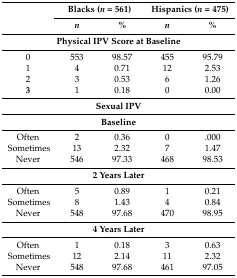
<table><thead><tr><td rowspan="2"></td><td colspan="2"><b>Blacks (<i>n</i> = 561)</b></td><td colspan="2"><b>Hispanics (<i>n</i> = 475)</b></td></tr><tr><td><b><i>n</i></b></td><td><b>%</b></td><td><b><i>n</i></b></td><td><b>%</b></td></tr></thead><tbody><tr><td colspan="5"><b>Physical IPV Score at Baseline</b></td></tr><tr><td>0</td><td>553</td><td>98.57</td><td>455</td><td>95.79</td></tr><tr><td>1</td><td>4</td><td>0.71</td><td>12</td><td>2.53</td></tr><tr><td>2</td><td>3</td><td>0.53</td><td>6</td><td>1.26</td></tr><tr><td><b>3</b></td><td>1</td><td>0.18</td><td>0</td><td>0.00</td></tr><tr><td colspan="5"><b>Sexual IPV</b></td></tr><tr><td colspan="5"><b>Baseline</b></td></tr><tr><td>Often</td><td>2</td><td>0.36</td><td>0</td><td>.000</td></tr><tr><td>Sometimes</td><td>13</td><td>2.32</td><td>7</td><td>1.47</td></tr><tr><td>Never</td><td>546</td><td>97.33</td><td>468</td><td>98.53</td></tr><tr><td colspan="5"><b>2 Years Later</b></td></tr><tr><td>Often</td><td>5</td><td>0.89</td><td>1</td><td>0.21</td></tr><tr><td>Sometimes</td><td>8</td><td>1.43</td><td>4</td><td>0.84</td></tr><tr><td>Never</td><td>548</td><td>97.68</td><td>470</td><td>98.95</td></tr><tr><td colspan="5"><b>4 Years Later</b></td></tr><tr><td>Often</td><td>1</td><td>0.18</td><td>3</td><td>0.63</td></tr><tr><td>Sometimes</td><td>12</td><td>2.14</td><td>11</td><td>2.32</td></tr><tr><td>Never</td><td>548</td><td>97.68</td><td>461</td><td>97.05</td></tr></tbody></table>